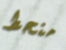
منحط